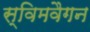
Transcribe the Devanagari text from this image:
स्विमवैगन